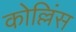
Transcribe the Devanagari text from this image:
कोल्लिंस